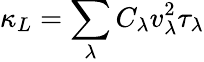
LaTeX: \kappa_{L}=\sum_{\lambda}C_{\lambda}v_{\lambda}^{2}\tau_{\lambda}